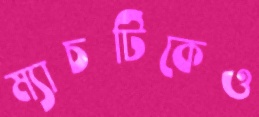
ম্যাচটিকেও